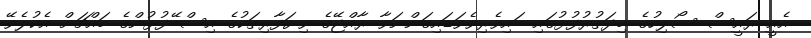
އެއީ ރައީސް ސޯލިހުގެ މިދަތުރުފުޅުގައި ބައިވެރިވެވަޑައިގަންނަވާ ރާއްޖޭގެ ވިޔަފާރިތަކުގެ އިސްބޭފުޅުންގެ މައްޗަށް އެކުލެވޭ